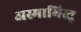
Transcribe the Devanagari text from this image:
अस्माभिस्तु